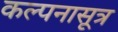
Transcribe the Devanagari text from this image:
कल्पनासूत्र